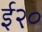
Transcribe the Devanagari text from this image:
ई२०